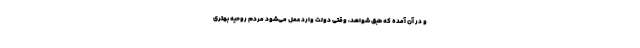
و در آن آمده که طبق شواهد، وقتی دولت وارد عمل می‌شود مردم روحیه‌ بهتری